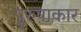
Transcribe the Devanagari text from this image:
पुरुषाकार